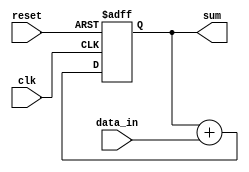
module cascaded_accumulator (
  input wire clk,
  input wire reset,
  input wire [7:0] data_in,
  output wire [15:0] sum
);

reg [15:0] acc;

always @(posedge clk or posedge reset) begin
  if (reset) begin
    acc <= 0;
  end else begin
    acc <= acc + data_in;
  end
end

assign sum = acc;

endmodule